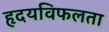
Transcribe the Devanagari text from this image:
हृदयविफलता